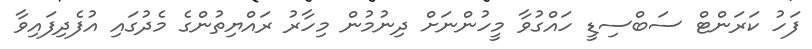
ފަހު ކަރަންޓް ސަބްސިޑީ ހައްގުވާ މީހުންނަށް ދިނުމުން މިހާރު ރައްޔިތުންގެ މެދުގައި އުފެދިފައިވާ